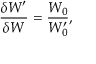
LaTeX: \frac { \delta W ^ { \prime } } { \delta W } = \frac { W _ { 0 } } { W _ { 0 } ^ { \prime } } ,